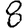
Digit: 8